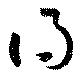
得